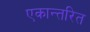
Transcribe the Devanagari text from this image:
एकान्तरित